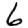
Digit: 6